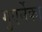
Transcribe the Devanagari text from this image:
गुएर्नेका